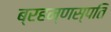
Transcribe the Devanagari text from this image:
ब्रहम्णस्पति